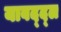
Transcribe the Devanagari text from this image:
याबद्द्ल